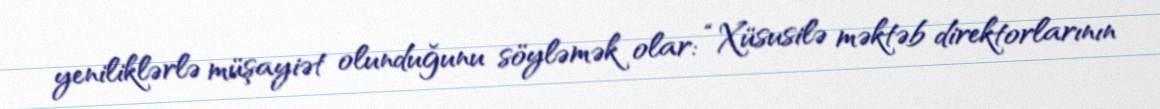
yeniliklərlə müşayiət olunduğunu söyləmək olar: “Xüsusilə məktəb direktorlarının